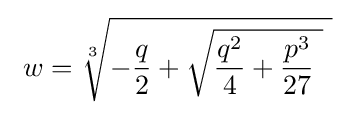
\ w={\sqrt[{3}]{-{\frac {q}{2}}+{\sqrt {{\frac {q^{2}}{4}}+{\frac {p^{3}}{27}}\ }}\ }}